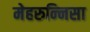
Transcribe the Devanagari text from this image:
मेहरुन्‍निसा